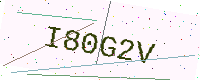
Text: I80G2V